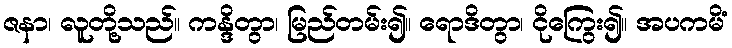
ဇနာ၊ လူတို့သည်။ ကန္ဒိတွာ၊ မြည်တမ်း၍။ ရောဒိတွာ၊ ငိုကြွေး၍။ အပကမိံ